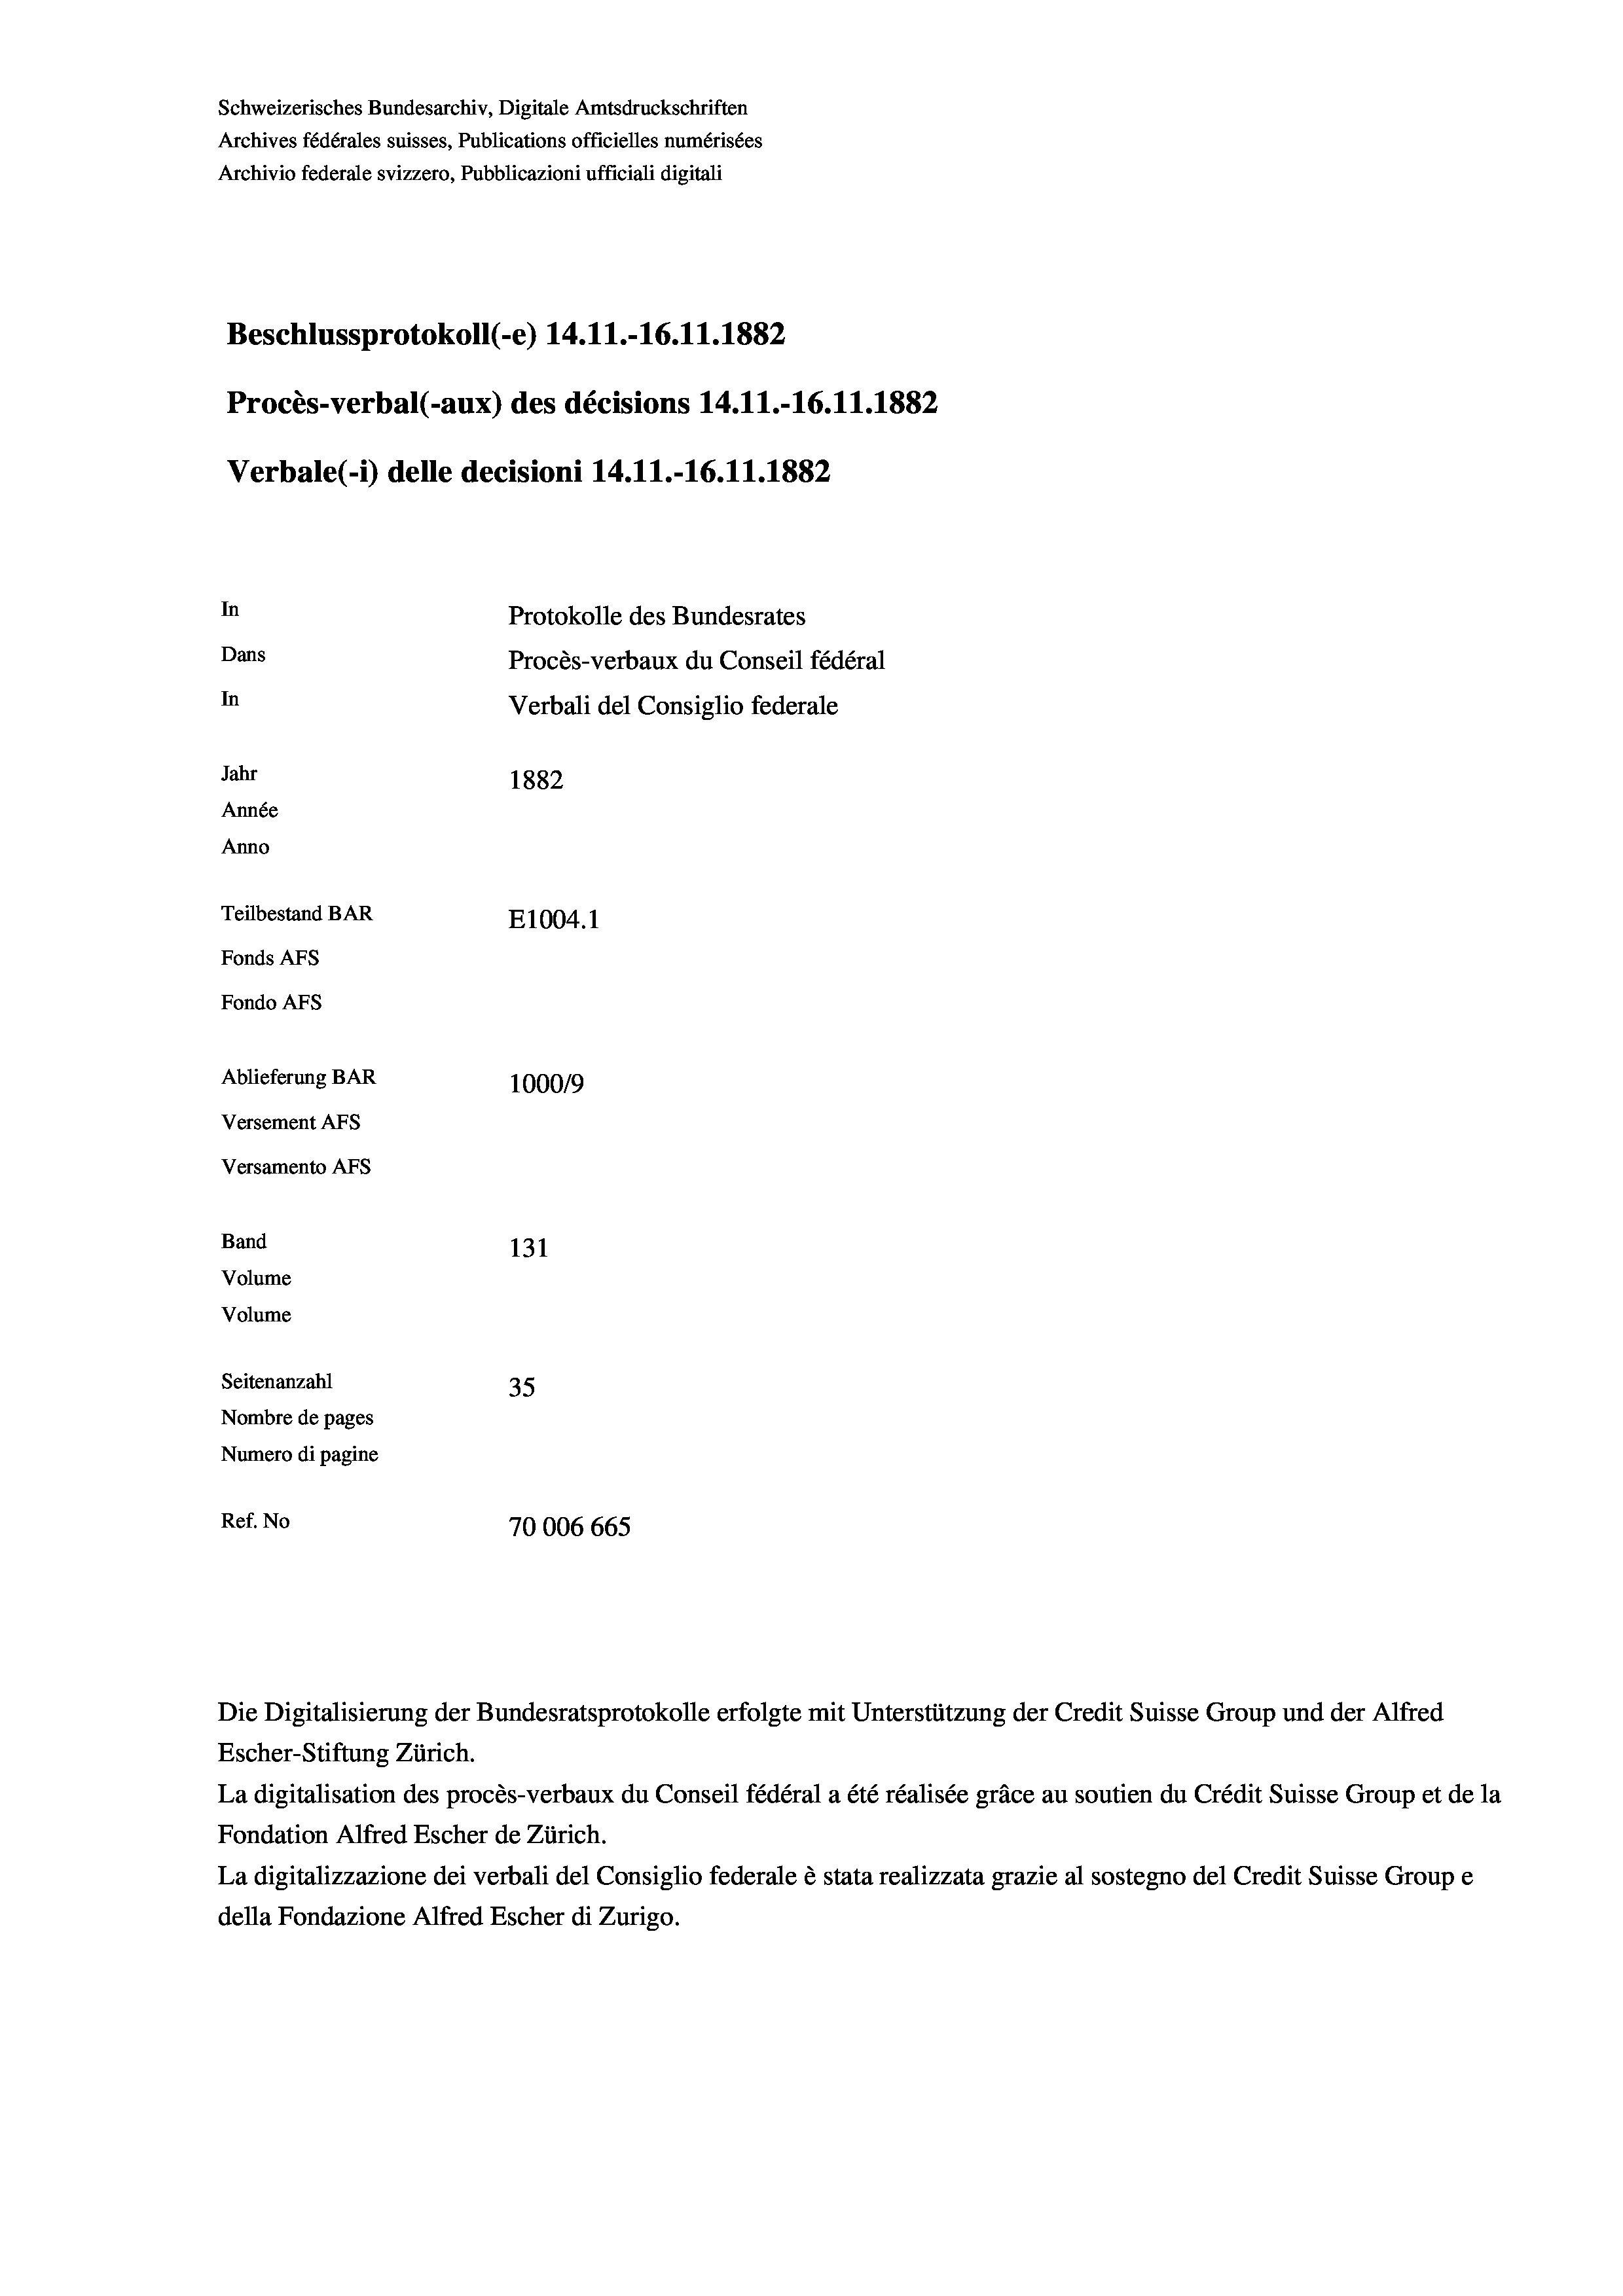
Schweizerisches Bundesarchiv, Digitale Amtsdruckschriften
Archives fédérales suisses, Publications officielles numérisées
Archivio federale svizzero, Pubblicazioni ufficiali digitali
Beschlussprotokoll (-e) 14.11.-16.11.1882
Procès-verbal (-aux) des décisions 14.11.-16.11.1882
Verbale(-*) delle decisioni 14.11.-16.11.1882
In
Protokolle des Bundesrates
Dans
Procès-verbaux du Conseil fédéral
In
Verbali del Consiglio federale
Jahr
1882
Année
Anno
Teilbestand BAR
E1004. 1
Fonds Afs
Fondo Afs
Ablieferung BAR
10009
Versement Ans
Versamento Afs
Band
131
Volume
Volume

Seitenanzahl
35
Nombre de pages
Numero di pagine
Ref. No
70006 665

Die Digitalisierung der Bundesratsprotokolle erfolgte mit Unterstützung der Credit Suisse Group und der Alfred
Escher-Stiftung Zürich.
La digitalisation des procès-verbaux du Conseil fédéral a été réalisée gräce au soutien du Crédit Suisse Group et de la
Fondation Alfred Escher de Zürich.
La digitalizzazione dei verbali del Consiglio federale è stata realizzata grazie al sostegno del Credit Suisse Groupe
della Fondazione Alfred Escher di Zurigo.